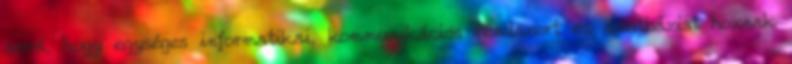
arról, hogy egységes informatikai, kommunikációs rendszert és adatbázist hoznak